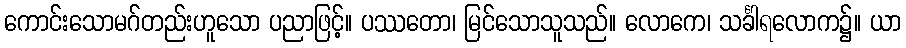
ကောင်းသောမဂ်တည်းဟူသော ပညာဖြင့်။ ပဿတော၊ မြင်သောသူသည်။ လောကေ၊ သင်္ခါရလောက၌။ ယာ